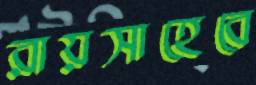
রায়সাহেবে